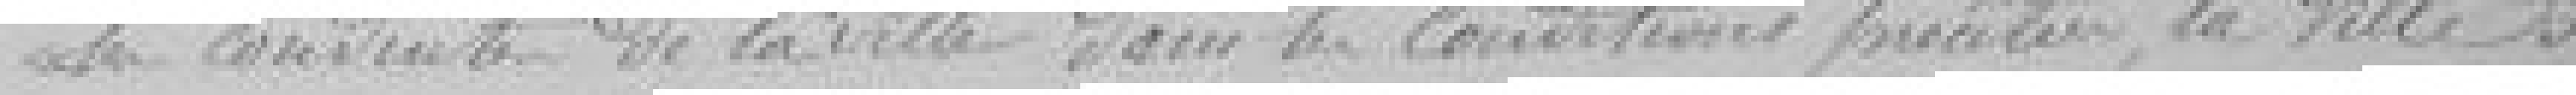
les conduites de la ville dans les conditions précitées, la ville s'